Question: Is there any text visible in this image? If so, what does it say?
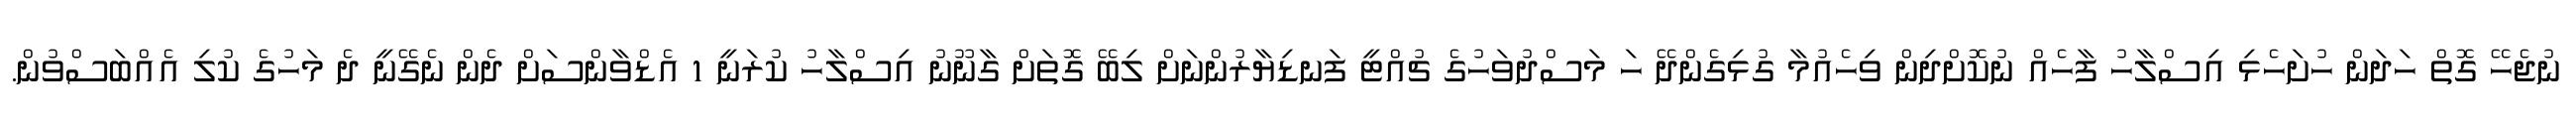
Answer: ނުޖެހޭ ގޮތް ހަދަން ހުށަހެޅި އިސްލާހު ފާހެއް ނުކޮށްދިން ވިހެއުމާ ގުޅިގެންދޭ ހަ މަސްދުވަހުގެ ޗުއްޓީ ފަނޑިޔާރުންނަށް ލިބޭ ގޮތަށް ގާނޫނު އިސްލާހު ކުރަނީ 1 އެޑްވާންސަށް ދެން ނެގޭނީ ދެ މަހުގެ ކުލި އެއްބަސްވުން.